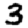
Digit: 3